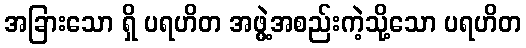
အခြားသော ရှိ ပရဟိတ အဖွဲ့အစည်းကဲ့သို့သော ပရဟိတ